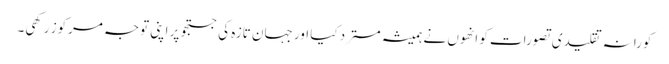
کورانہ تقلیدی تصورات کو انھوں نے ہمیشہ مسترد کیا اور جہان تازہ کی جستجو پر اپنی توجہ مرکوز رکھی۔